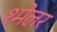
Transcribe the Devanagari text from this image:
श्मेलर